Schemes for the provision of education (Education (Scotland) Act, 1918, section 6), 1918
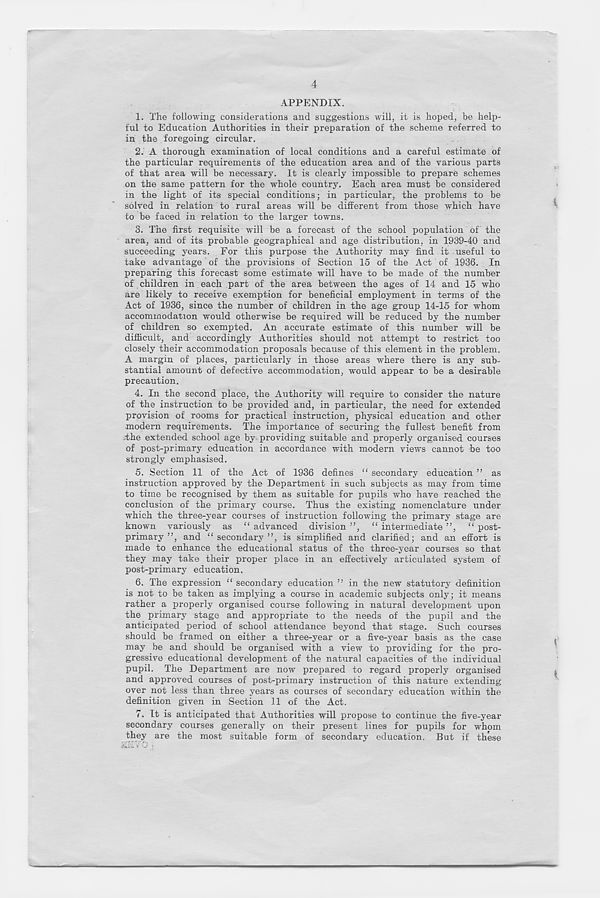
4
APPENDIX.
1. The following considerations and suggestions will, it is hoped, be help-
ful to Education Authorities in their preparation of the scheme referred to
in the foregoing circular.
2. A thorough examination of local conditions and a careful estimate of
the particular requirements of the education area and of the various parts
of that area will be necessary. It is clearly impossible to prepare schemes
on the same pattern for the whole country. Each area must be considered
in the light of its special conditions; in particular, the problems to be
solved in relation to rural areas will be different from those which have
to be faced in relation to the larger towns.
3. The first requisite will be a forecast of the school population of the
area, and of its probable geographical and age distribution, in 1939-40 and
succeeding years. For this purpose the Authority may find it useful to
take advantage of the provisions of Section 15 of the Act of 1936. In
preparing this forecast some estimate will have to be made of the number
of children in each part of the area between the ages of 14 and 15 who
are likely to receive exemption for beneficial employment in terms of the
Act of 1936, since the number of children in the age group 14-15 for whom
accommodation would otherwise be required will be reduced by the number
of children so exempted. An accurate estimate of this number will be
difficult, and accordingly Authorities should not attempt to restrict too
closely their accommodation proposals because of this element in the problem.
A margin of places, particularly in those areas where there is any sub-
stantial amount of defective accommodation, would appear to be a desirable
precaution.
4. In the second place, the Authority will require to consider the nature
of the instruction to be provided and, in particular, the need for extended
provision of rooms for practical instruction, physical education and other
modern requirements. The importance of securing the fullest benefit from
the extended school age by providing suitable and properly organised courses
of post-primary education in accordance with modern views cannot be too
strongly emphasised.
5. Section 11 of the Act of 1936 defines “ secondary education ” as
instruction approved by the Department in such subjects as may from time
to time be recognised by them as suitable for pupils who have reached the
conclusion of the primary course. Thus the existing nomenclature under
which the three-year courses of instruction following the primary stage are
known variously as “ advanced division ”, “ intermediate ”, “ post-
primary ”, and “ secondary ”, is simplified and clarified; and an effort is
made to enhance the educational status of the three-year courses so that
they may take their proper place in an effectively articulated system of
post-primary education.
6. The expression “ secondary education ” in the new statutory definition
is not to be taken as implying a course in academic subjects only; it means
rather a properly organised course following in natural development upon
the primary stage and appropriate to the needs of the pupil and the
anticipated period of school attendance beyond that stage. Such courses
should be framed on either a three-year or a five-year basis as the case
may be and should be organised with a view to providing for the pro-
gressive educational development of the natural capacities of the individual
pupil. The Department are now prepared to regard properly organised
and approved courses of post-primary instruction of this nature extending
over not less than three years as courses of secondary education within the
definition given in Section 11 of the Act.
7. It is anticipated that Authorities will propose to continue the five-year
secondary courses generally on their present lines for pupils for whom
they are the most suitable form of secondary education. But if these